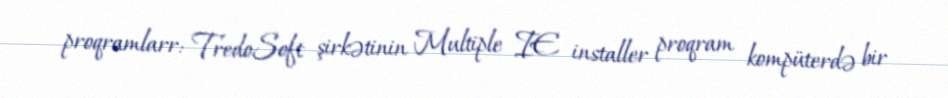
proqramlarr: TredoSoft şirkətinin Multiple IE installer proqram kompüterdə bir